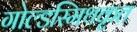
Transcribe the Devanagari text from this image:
गोल्डस्मिथकृत